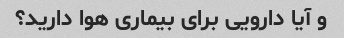
و آیا دارویی برای بیماری هوا دارید؟